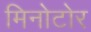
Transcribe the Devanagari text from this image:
मिनोटोर